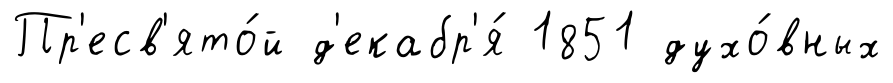
Пр'есв'ято́й д'екабр'я́ 1851 духо́вных